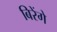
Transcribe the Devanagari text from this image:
बिरेंगे